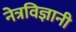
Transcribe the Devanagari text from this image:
नेत्रविज्ञानी